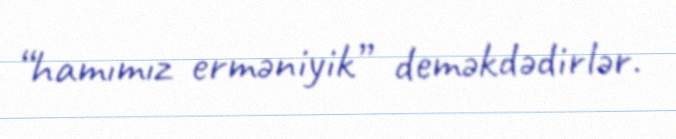
“hamımız erməniyik” deməkdədirlər.